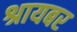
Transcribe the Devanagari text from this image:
श्रायबर